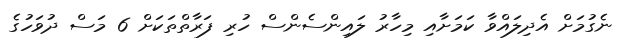
ނެގުމަށް އެދިލައްވާ ކަމަށާއި މިހާރު ލައިންސެންސް ހުރި ފަރާތްތަކަށް 6 މަސް ދުވަހުގެ